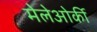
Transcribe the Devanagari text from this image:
मेलेओर्की